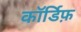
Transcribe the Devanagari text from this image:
कॉर्डिफ़